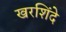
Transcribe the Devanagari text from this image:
खरशिंदे